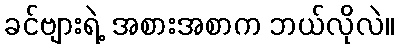
ခင်ဗျားရဲ့ အစားအစာက ဘယ်လိုလဲ။